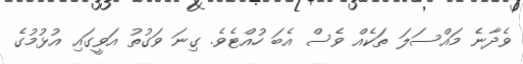
ވެދާނެ މައްސަލަ ތަކެއް ވެސް އެބަ ހުއްޓެވެ. ގިނަ ވަގުތު އަވީގައި އުޅުމުގެ